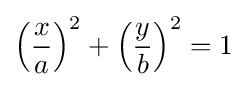
\left({\frac {x}{a}}\right)^{2}+\left({\frac {y}{b}}\right)^{2}=1